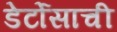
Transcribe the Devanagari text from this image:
डेर्टोसाची